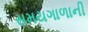
સમયગાળાની